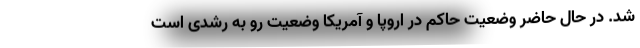
شد. در حال حاضر وضعیت حاکم در اروپا و آمریکا وضعیت رو به رشدی است